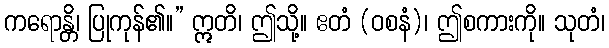
ကရောန္တိ၊ ပြုကုန်၏။” ဣတိ၊ ဤသို့။ ဧတံ (ဝစနံ)၊ ဤစကားကို။ သုတံ၊